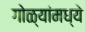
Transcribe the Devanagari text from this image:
गोळ्यांमध्ये